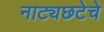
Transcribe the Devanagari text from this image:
नाट्यछटेचे